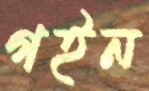
গইন